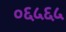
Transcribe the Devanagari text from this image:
०६५६५